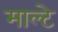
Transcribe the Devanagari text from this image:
माल्टे